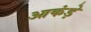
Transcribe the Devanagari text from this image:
आकंड़े